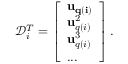
\mathcal { D } _ { i } ^ { T } = \left[ \begin{array} { l } { \mathbf { u _ { q ( i ) } } } \\ { \mathbf { u } _ { q ( i ) } ^ { 2 } } \\ { \mathbf { u } _ { q ( i ) } ^ { 3 } } \\ { . . . } \end{array} \right] .